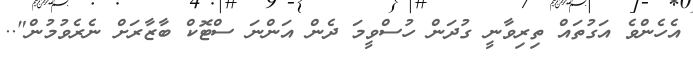
އެހެންވެ އަގުތައް ތިރިވާނީ ގުދަން ހުސްވީމަ ދެން އަންނަ ސްޓޮކް ބާޒާރަށް ނެރެވުމުން"..